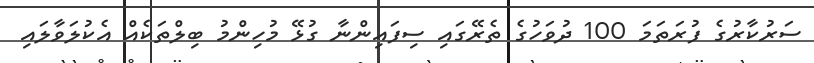
ސަރުކާރުގެ ފުރަތަމަ 100 ދުވަހުގެ ތެރޭގައި ސިފައިންނާ ގުޅޭ މުހިންމު ބިލްތަކެއް އެކުލަވާލައި